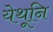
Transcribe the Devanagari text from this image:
येथूनि